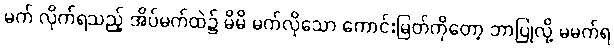
မက် လိုက်ရသည့် အိပ်မက်ထဲ၌ မိမိ မက်လိုသော ကောင်းမြတ်ကိုတော့ ဘာပြုလို့ မမက်ရ